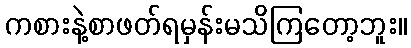
ကစားနဲ့စာဖတ်ရမှန်းမသိကြတော့ဘူး။